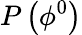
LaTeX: P\left(\phi^{0}\right)